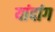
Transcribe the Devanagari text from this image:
यांदांग